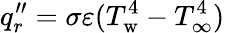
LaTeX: q_{r}^{\prime\prime}=\sigma\varepsilon(T_{\mathrm{w}}^{4}-T_{\infty}^{4})